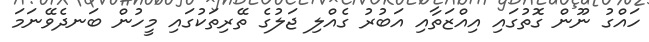
ހައްގު ނޫން ގޮތުގައި އިއްޒަތާއި އަބުރު ގެއްލި ޖަލުގެ ތޭރިތަކުގައި މީހުން ބަނދެވޭނަމަ